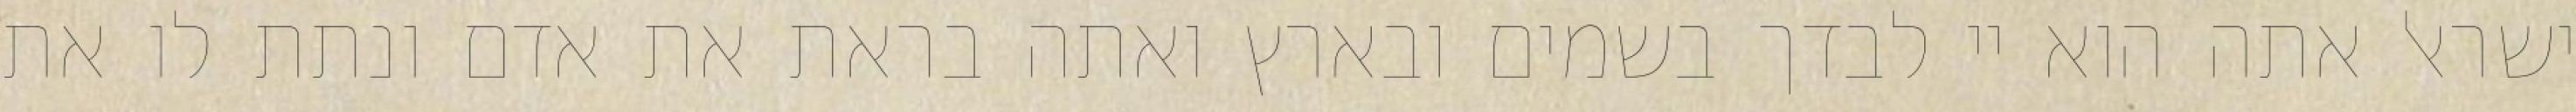
ישראל אתה הוא יי לבדך בשמים ובארץ ואתה בראת את אדם ונתת לו את